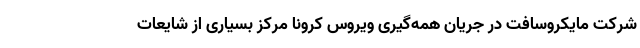
شرکت مایکروسافت در جریان همه‌گیری ویروس کرونا مرکز بسیاری از شایعات